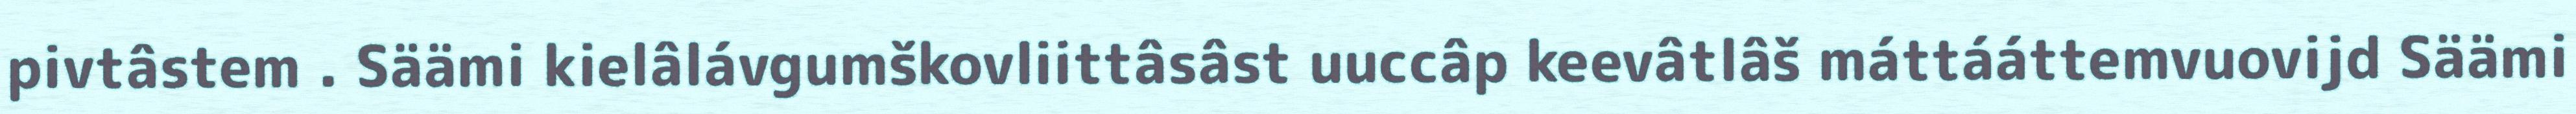
pivtâstem . Säämi kielâlávgumškovliittâsâst uuccâp keevâtlâš máttááttemvuovijd Säämi